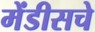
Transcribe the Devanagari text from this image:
मेंडीसचे